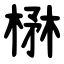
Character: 楙